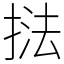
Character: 𭡚